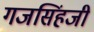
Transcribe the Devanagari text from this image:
गजसिंहजी